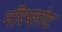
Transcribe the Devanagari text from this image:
नॉरप्लांट